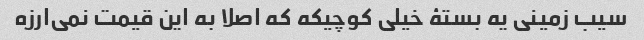
سیب زمینی یه بستۀ خیلی کوچیکه که اصلا به این قیمت نمی‌ارزه